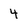
Character: 4